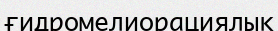
ғидромелиорациялық